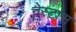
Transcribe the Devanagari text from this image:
नेस्टास